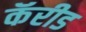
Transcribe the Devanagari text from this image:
कॅरीड